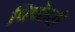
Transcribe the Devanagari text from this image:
पिपेहरी